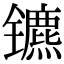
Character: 镳